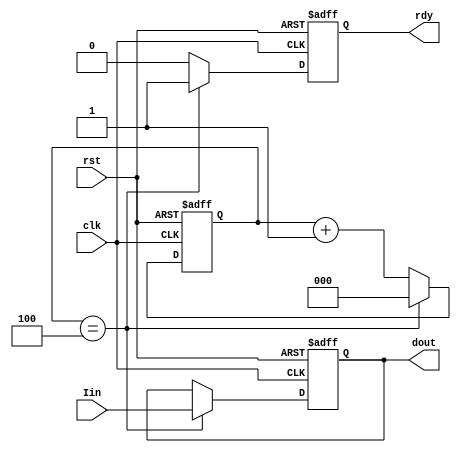
//Decimate.v
module Decimate (
	rst,clk,Iin,
	dout,rdy);
	
	input		rst;   //
	input		clk;   //FPGA2kHz
	input	  signed[36:0]	Iin;  //2kHZ
	output  signed[36:0]	dout; //
	output rdy;    //
	
	reg [2:0] c;
	reg signed[36:0] dout_tem;
	reg rdy_tem;
	always @(posedge clk or posedge rst)
		if (rst)
			//0
			begin
				c = 3'd0;
				dout_tem <= 37'd0;
				rdy_tem <= 1'b0;
		   end	
		else
		   begin
				if (c==4)
					begin
						rdy_tem <= 1'b1;
						dout_tem <= Iin;
						c = 3'd0;
					end
				else
				   begin
					   rdy_tem <= 1'b0;
						c = c+1;
					end
			end
			
	assign dout = dout_tem;
	assign rdy  = rdy_tem;
	
endmodule